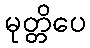
မုတ္တိပေ